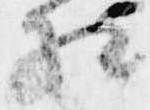
相